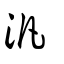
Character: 汎